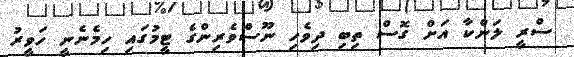
ސްރީ ލަންކާ އަށް ގޮސް ތިބި ދިވެހި ނޫސްވެރިންގެ ޓީމުގައި ހިމެނެނީ ހަވީރު